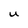
Character: U